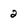
Character: 2